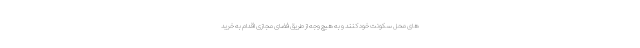
های محل سکونت خود کنند و به هیچ وجه از طریق فضای مجازی اقدام به خرید